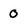
Character: 0